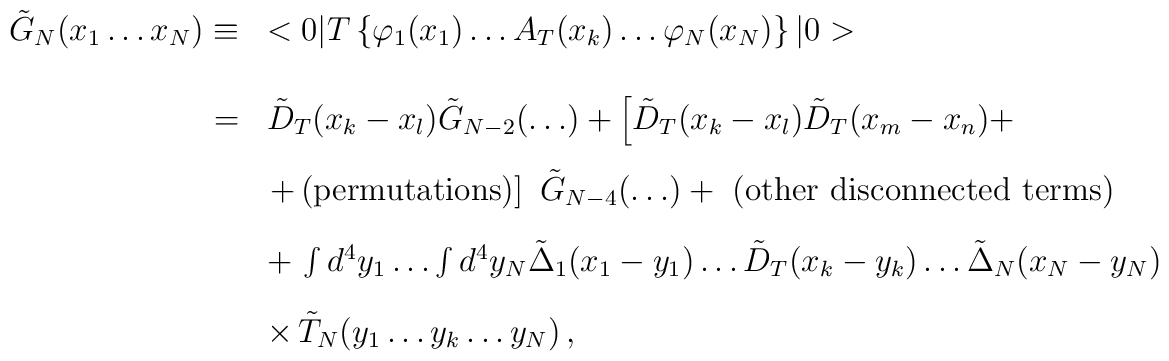
\begin{array}{rl}\tilde{G}_{N}(x_{1} \ldots x_{N}) \equiv & <0|T \left\{\varphi_{1}(x_{1})\ldots A_{T} (x_{k}) \ldots \varphi_{N} (x_{N}) \right\}|0>\\[3ex]= & \tilde{D}_{T} (x_{k} - x_{l}) \tilde{G}_{N-2} (\ldots) +\left[\tilde{D}_{T}(x_{k} - x_{l}) \tilde{D}_{T} (x_{m} - x_{n}) +\right.\\[2ex]\mbox{} & \left. + \, {\rm{(permutations)}}\right] \, \, \tilde{G}_{N-4}(\ldots) + \, \,{\rm{(other \, \, disconnected \, \, terms)}}\\[2ex]\mbox{} & + \, \int d^{4} y_{1} \ldots \int d^{4} y_{N}\tilde{\Delta}_{1}(x_{1} - y_{1}) \ldots \tilde{D}_{T} (x_{k} - y_{k}) \ldots\tilde{\Delta}_{N} (x_{N} - y_{N})\\[2ex]\mbox{} & \times \, \tilde{T}_{N} (y_{1} \ldots y_{k} \ldots y_{N}) \, ,\end{array}